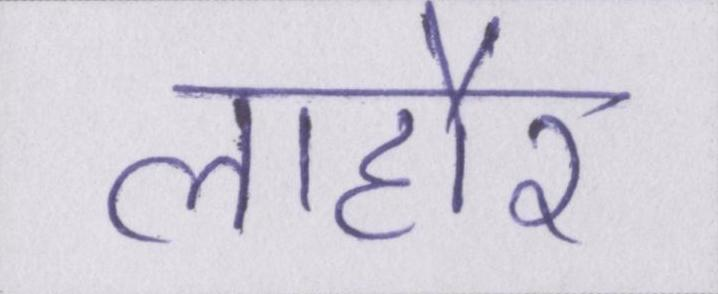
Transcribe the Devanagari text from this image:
लाहौर